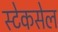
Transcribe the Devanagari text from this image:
स्टेकसेल